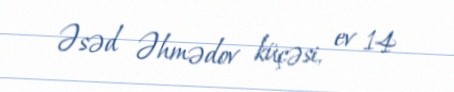
Əsəd Əhmədov küçəsi, ev 14